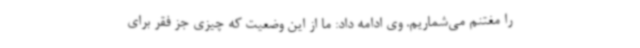
را مغتنم می‌شماریم. وی ادامه داد: ما از این وضعیت که چیزی جز فقر برای